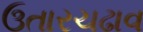
ઉતારચઢાવ